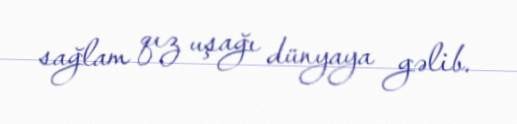
sağlam qız uşağı dünyaya gəlib.